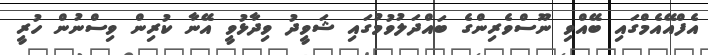
އެފްއޭއެމްގައި ބޭއްވި ނޫސްވެރިންގެ ބައްދަލުވުމުގައި ޝަވީދު ވިދާޅުވީ އޭނާ ކުރިން ވިސްނުން ހުރީ